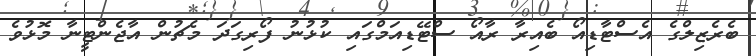
ބެރެޒިލްގެ އެސްޓާޑިއޯ ބެއިރާ ރާއޯ ސްޓޭޑިއަމްގައި ކުޅުނު ފޯރިގަދަ މެޗުން އާޖެންޓީނާ މޮޅުވެ